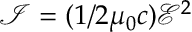
\mathcal { I } = ( 1 / 2 \mu _ { 0 } c ) \mathcal { E } ^ { 2 }